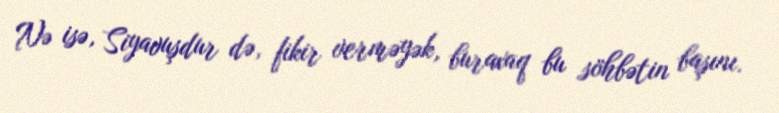
Nə isə, Siyavuşdur də, fikir verməyək, buraxaq bu söhbətin başını.